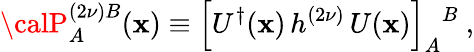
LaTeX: {\calP}_{A}^{(2\nu)B}(\mathbf{x})\equiv\left[U^{\dagger}(\mathbf{x})\, h^{(2\nu)}\, U(\mathbf{x})\right]_{A}{}^{B}~,